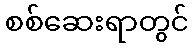
စစ်ဆေးရာတွင်